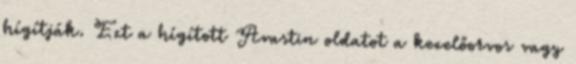
hígítják. Ezt a hígított Avastin oldatot a kezelőorvos vagy